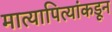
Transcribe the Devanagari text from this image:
मात्यापित्यांकडून